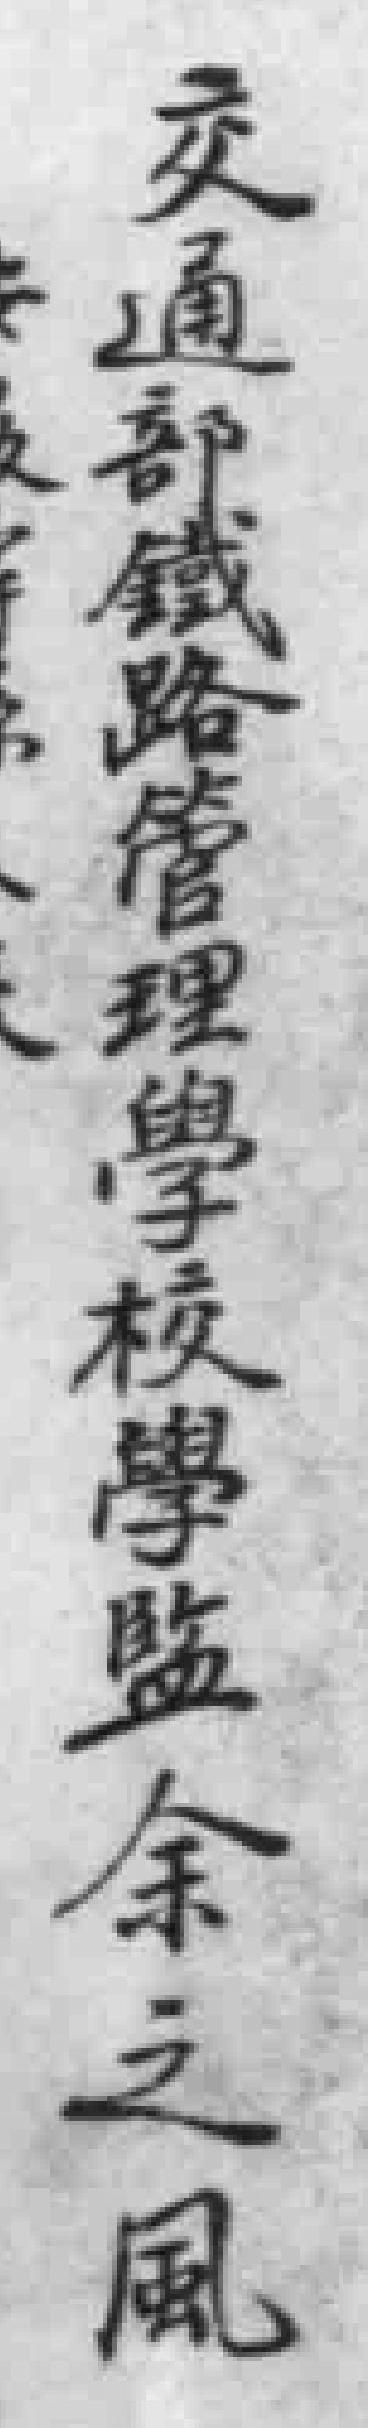
交通部鐵路管理學校學監余之風